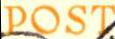
POST